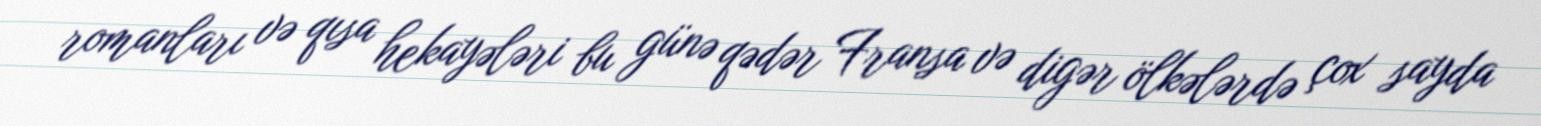
romanları və qısa hekayələri bu günə qədər Fransa və digər ölkələrdə çox sayda